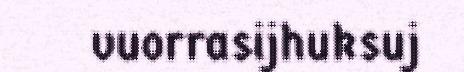
vuorrasijhuksuj